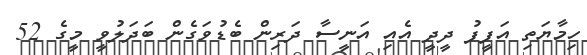
ހިމާޔަތި އަފީފު ދީދީ އެއި އަނީސާ ދަރިން ބެޑުވަގެން ބަދަލުވީ މީގެ 52